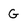
Character: G